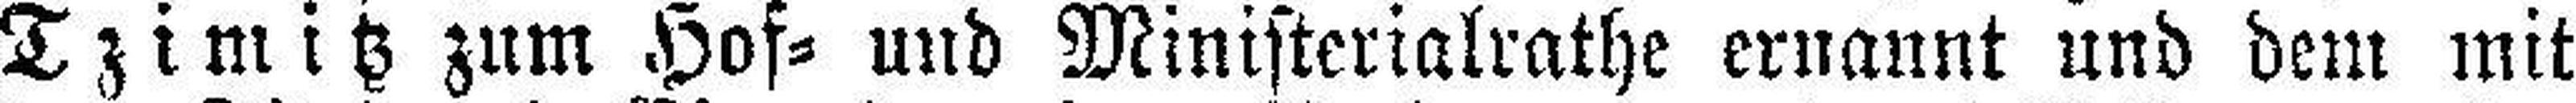
Tzimitz zum Hof= und Ministerialrathe ernannt und dem mit